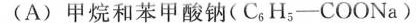
(A)甲烷和苯甲酸钠(C_{6}H_{5}-COONa)